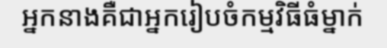
អ្នកនាងគឺជាអ្នករៀបចំកម្មវិធីធំម្នាក់